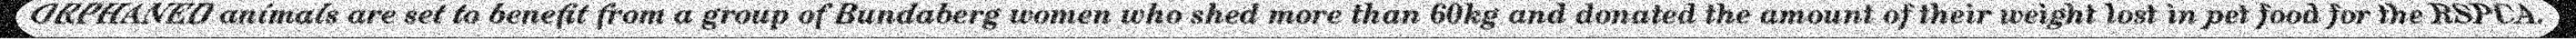
ORPHANED animals are set to benefit from a group of Bundaberg women who shed more than 60kg and donated the amount of their weight lost in pet food for the RSPCA.